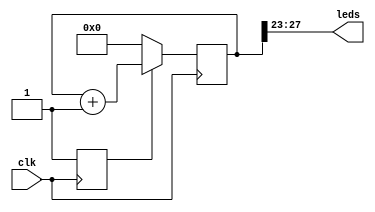
//--------------------------------------------------------------------
//-- iCEstick test
//-- Counter example
//--------------------------------------------------------------------
//-- March 2016. Written by Juan Gonzalez (obijuan)
//--------------------------------------------------------------------
//-- Releases under the GPL v2+ license
//--------------------------------------------------------------------

module counter #(
        parameter N = 29          //-- Counter bits lentgh
  )(
        input wire clk,
        output wire [4:0] leds
);

reg [N-1:0] cont;
reg rstn = 0;

//-- Initialization
always @(posedge clk)
  rstn <= 1;

//-- counter, with synchronous reset
always @(posedge clk)
  if (!rstn)
    cont <= 0;
  else
    cont <= cont + 1;

//-- Connect the 5 most significant bits to the leds
assign leds = cont[N-1: N-6];

endmodule